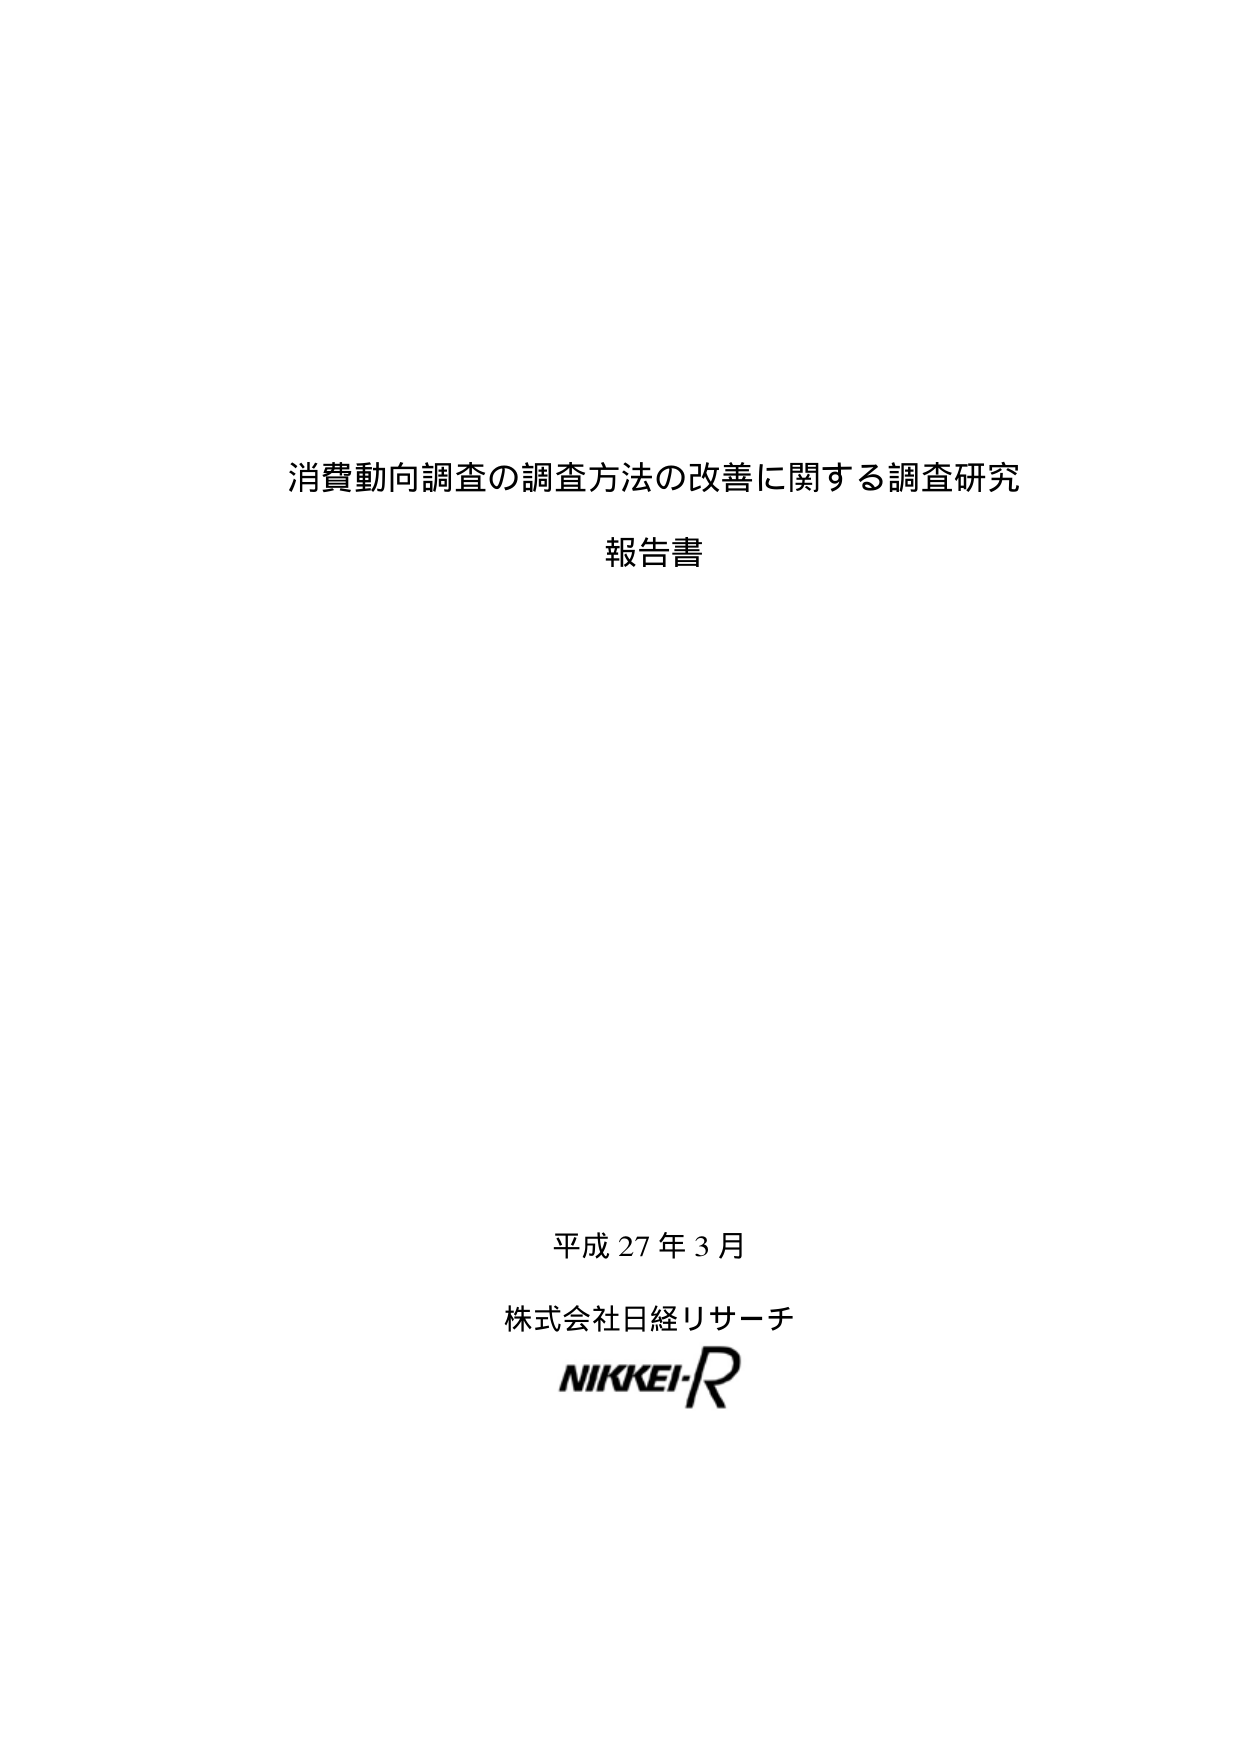
消費動向調査の調査方法の改善に関する調査研究
報告書

平成27年3月
株式会社日経リサーチ
NIKKEI-R